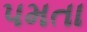
પમતા